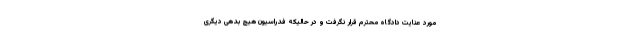
مورد عنایت دادگاه محترم قرار نگرفت و در حالیکه فدراسیون هیچ بدهی دیگری